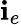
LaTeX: \mathbf{i}_{e}